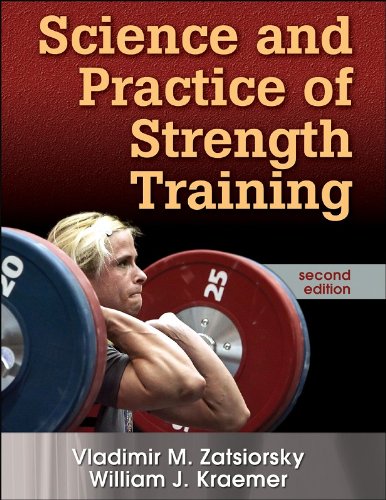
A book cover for Science and Practice of Strength Training, Second Edition; Vladimir Zatsiorsky; Engineering & Transportation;